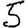
Digit: 5